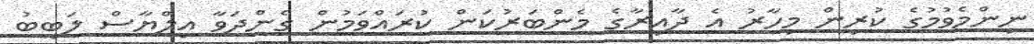
ނިންމެވުމުގެ ކުރިން މިހާރު އެ ދާއިރާގެ މެންބަރުކަން ކުރައްވަމުން ގެންދަވާ އިލްޔާސް ލަބީބު